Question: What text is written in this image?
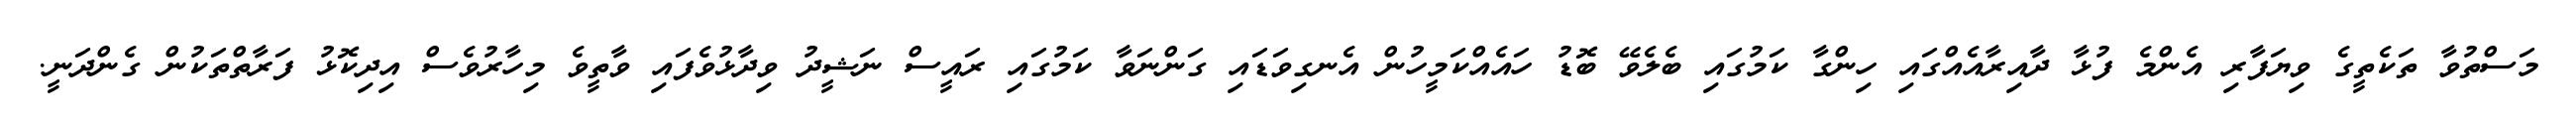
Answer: މަސްތުވާ ތަކެތީގެ ވިޔަފާރި އެންމެ ފުޅާ ދާއިރާއެއްގައި ހިންގާ ކަމުގައި ބެލެވޭ ބޮޑު ހައެއްކަމީހުން އެނގިވަޑައި ގަންނަވާ ކަމުގައި ރައީސް ނަޝީދު ވިދާޅުވެފައި ވާތީވެ މިހާރުވެސް އިދިކޮޅު ފަރާތްތަކުން ގެންދަނީ.